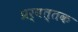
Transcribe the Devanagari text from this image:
प्रर्वत्तक